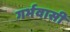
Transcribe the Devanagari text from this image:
गर्भवासी